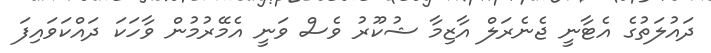
ދައުލަތުގެ އެޓާނީ ޖެނެރަލް އާޒިމާ ޝުކޫރު ވެސް ވަނީ އެމޭރުމުން ވާހަކަ ދައްކަވައިފަ